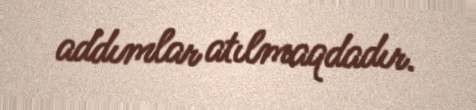
addımlar atılmaqdadır.